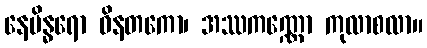
နေမိန္ဓရော ဝိနတကော၊ အဿကဏ္ဏော ကုလာစလာ။